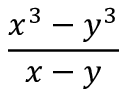
\frac { x ^ { 3 } - y ^ { 3 } } { x - y }